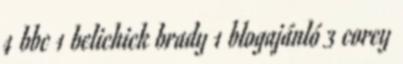
4 bbc 1 belichick brady 1 blogajánló 3 corey